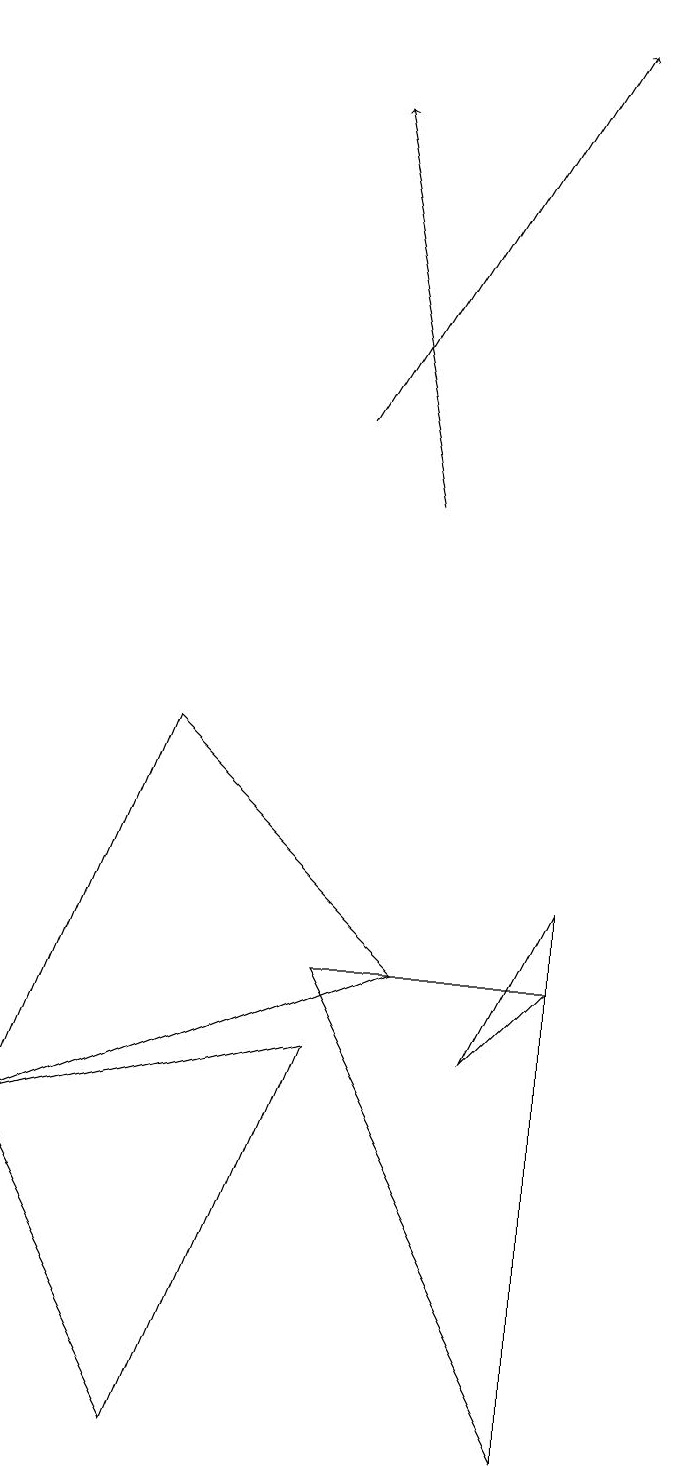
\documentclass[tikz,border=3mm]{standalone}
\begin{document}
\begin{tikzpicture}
\draw (9,0) -- (9,6) -- (6,6) -- cycle;
\draw (2,4) -- (6,5) -- (4,0) -- cycle;
\draw[->] (6,13) -- (9,18);
\draw[->] (7,12) -- (6,17);
\draw (2,4) -- (4,9) -- (7,6) -- cycle;
\draw (9,7) -- (9,6) -- (8,5) -- cycle;
\draw (10,11) circle (0);
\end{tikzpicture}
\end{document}